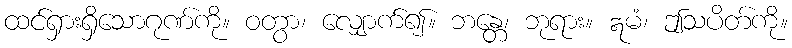
ထင်ရှားရှိသောဂုဏ်ကို။ ဝတွာ၊ လျှောက်၍။ ဘန္တေ၊ ဘုရား။ ဣမံ၊ ဤသပိတ်ကို။